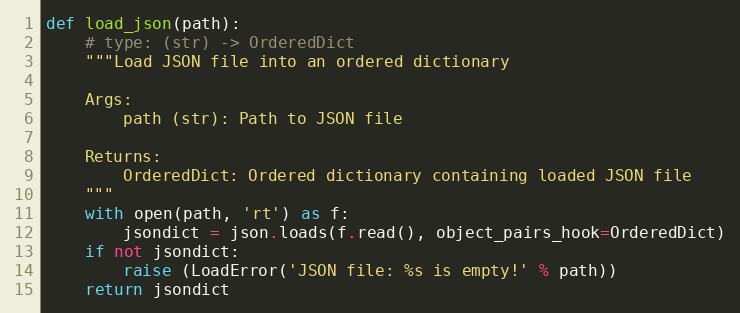
Language: Python
def load_json(path):
    # type: (str) -> OrderedDict
    """Load JSON file into an ordered dictionary

    Args:
        path (str): Path to JSON file

    Returns:
        OrderedDict: Ordered dictionary containing loaded JSON file
    """
    with open(path, 'rt') as f:
        jsondict = json.loads(f.read(), object_pairs_hook=OrderedDict)
    if not jsondict:
        raise (LoadError('JSON file: %s is empty!' % path))
    return jsondict